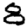
Digit: 8